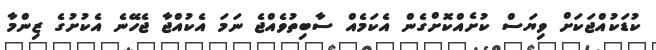
ކުޑަކުއްޖަކަށް ވިޔަސް ކުށެއްކޮށްގެން އެކަމެއް ސާބިތުވެއްޖެ ނަމަ އެކުއްޖާ ޖެހޭނެ އެކުށުގެ ޒިންމާ